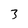
Character: 3